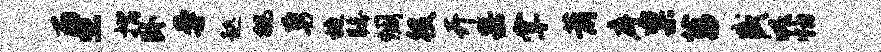
雨熙摺卧曼趑挑勇旋瞩惆役卉果掌萧序禀菖盛魄怕